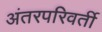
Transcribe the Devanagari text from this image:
अंतरपरिवर्ती